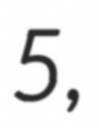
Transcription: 5,